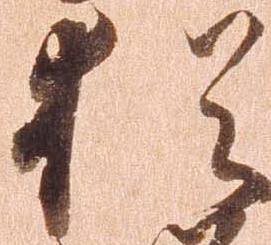
猶